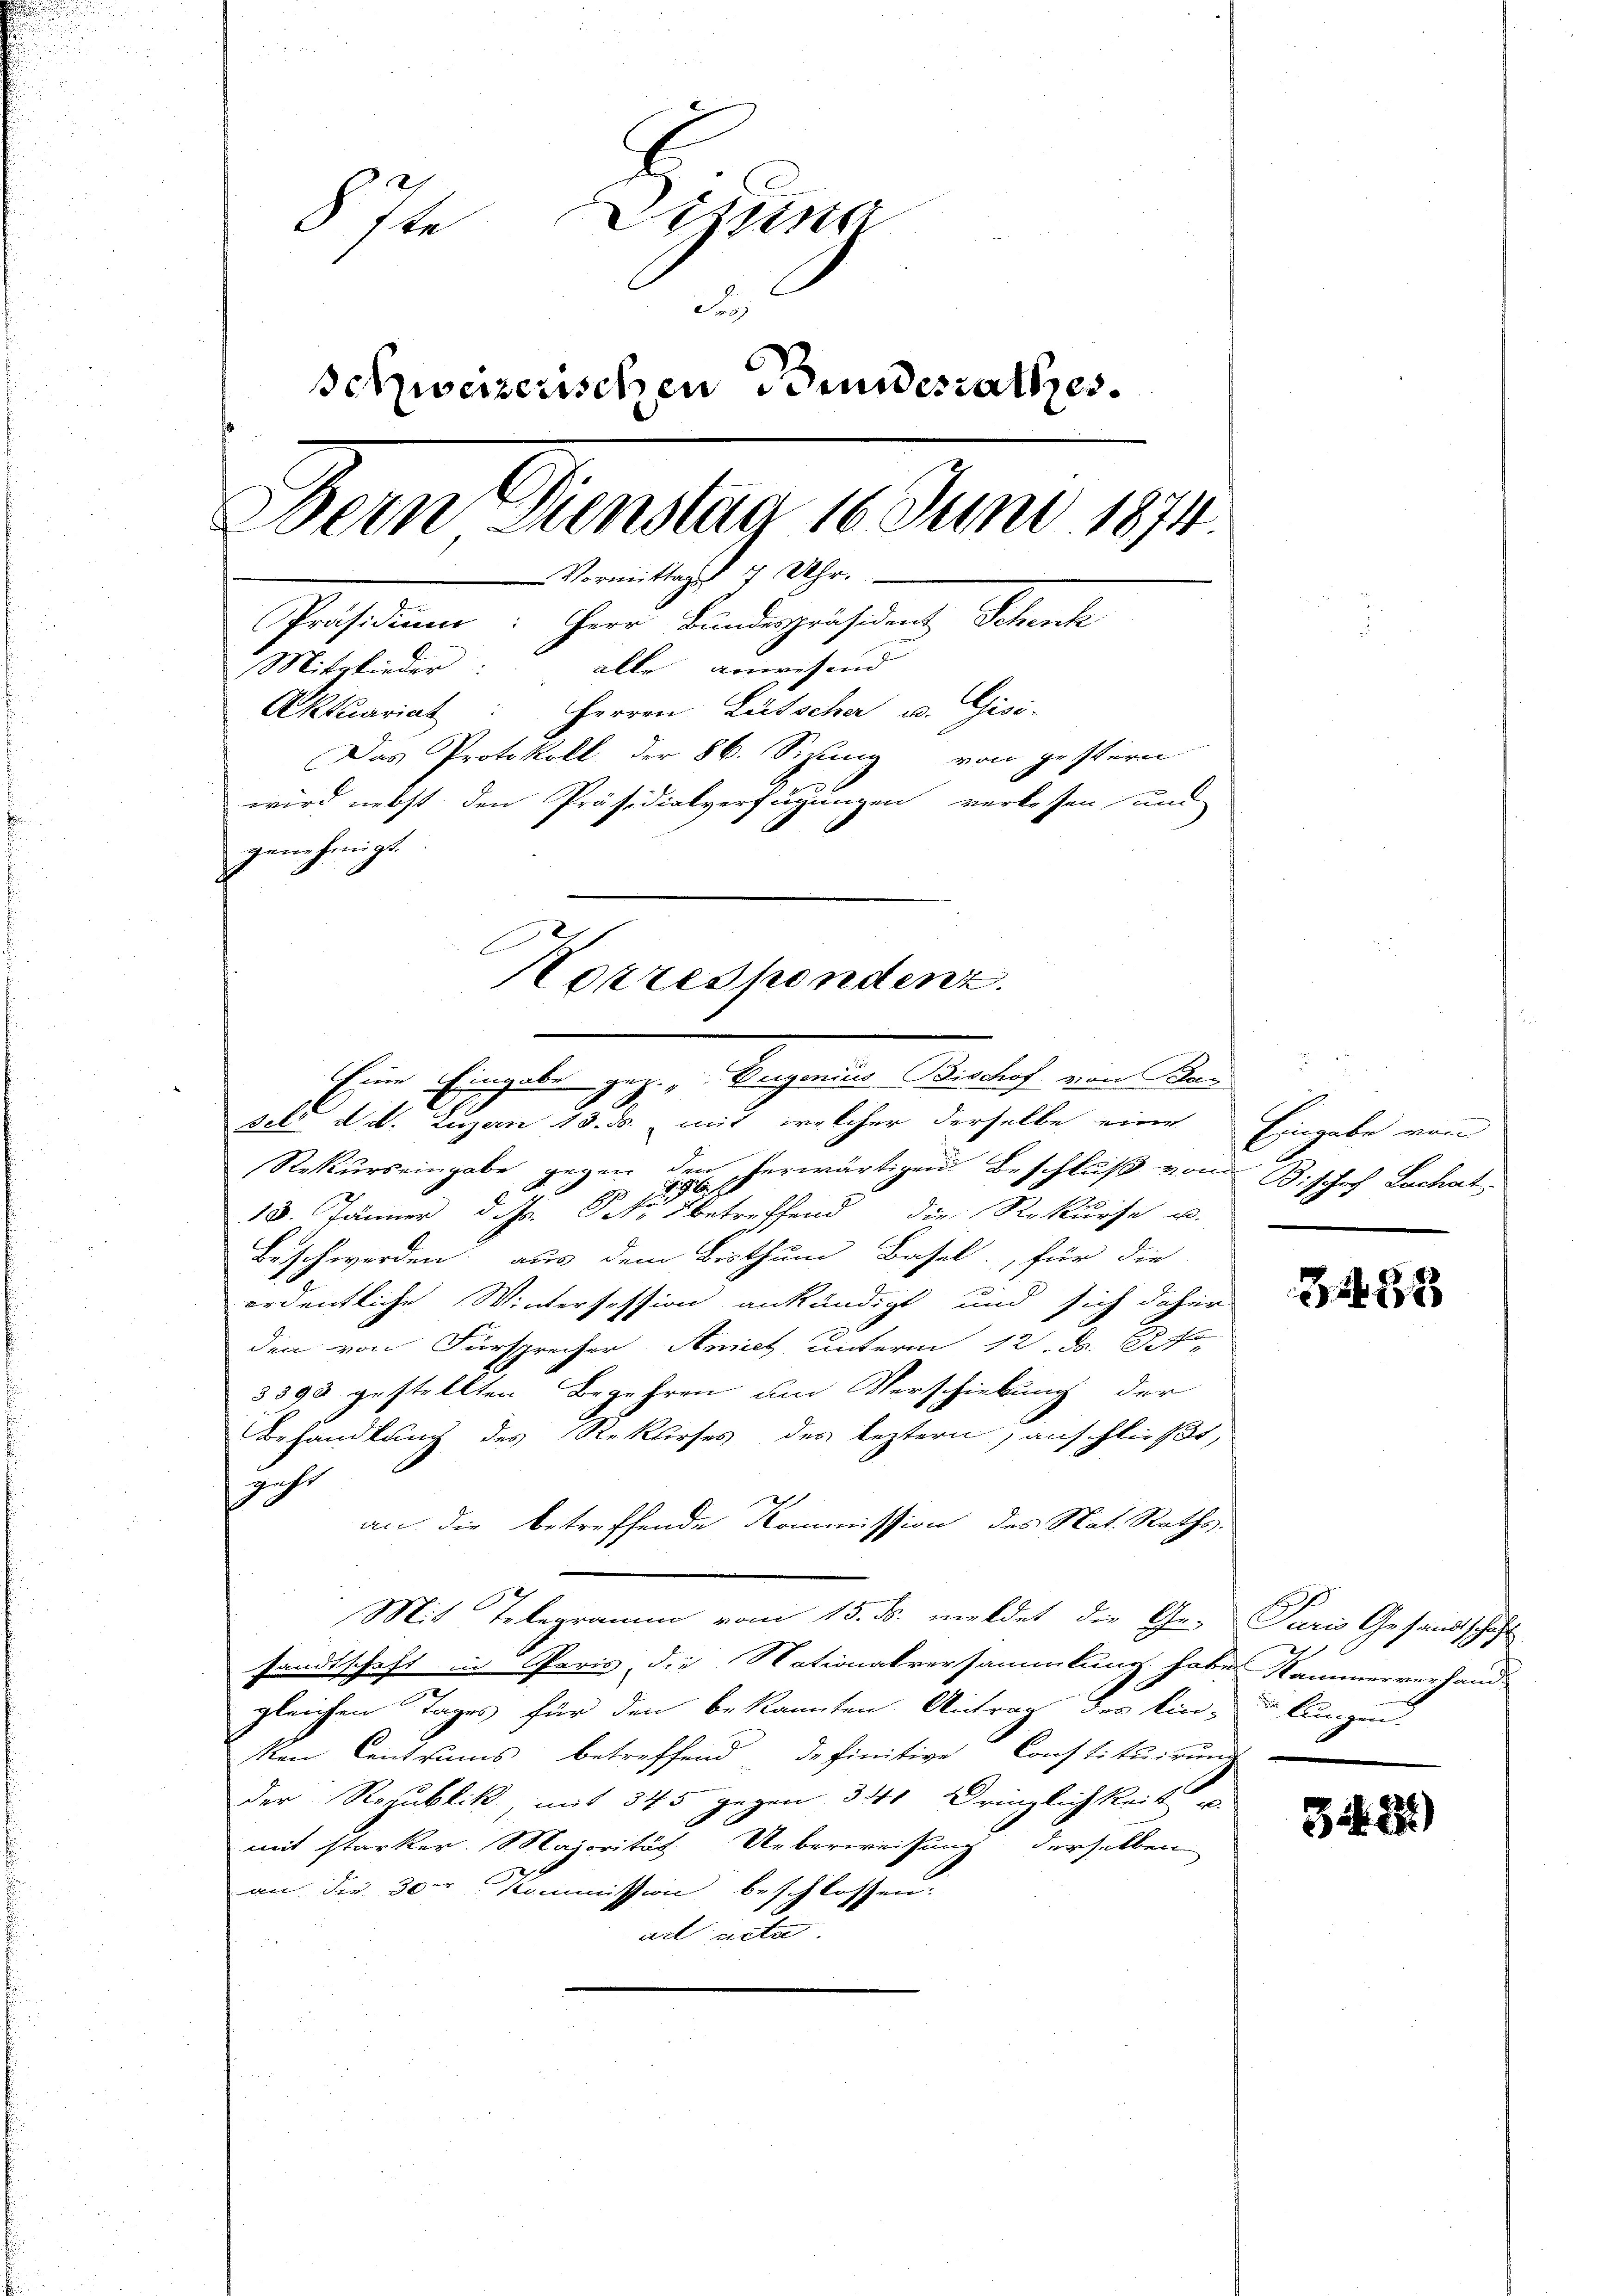
.
87te Lizina
d
Schweizerischen Bundesrathes.
Dem Fenstag 10. Juni 1874.
Vormittages 7 Uhr.
Präsidium: Herr Bundespräsident Schenk
Mitglieder: alle anwesend
Aktuariat: Herren Lütscher u. Gisi-
Das Protokoll der 86. Sizung von gestern.
wird nebst den Präsidialverfügungen verlesen und
genehmigt.

dete d. d. Luzern 13. ds. mit welcher derselbe eine
Rekurs eingabe gegen den herwärtigen Beschluß vom
18. Jänner d. Js. betreffend die Rekurse u.
Beschwerden, aus dem Bisthum Basel, für die
ordentliche Wintersession ankündigt und sich daher
den von Fürsprecher Amiet unterm 12. d. 8te
3590 gestellten Begehren um Verschiebung der
Behandlung des Rekurses des leztern, anschließt,
zahl
an die betreffende Kommission des Nat. Rathss
Mit Telegramm vom 15. ds. meldet die Ge- Paris Gesandtschaft
sandtschaft in Paris, die Nationalversammlung habe Kammerverhand
gleichen Tages für den bekannten Antrag des Ein-
ken Centrums betreffend definitive Constituirung
der Republik, mit 345 gegen 341 Dringlichkeit
mit starker. Majorität Ueberweisung derselben
an die 30 r Kommission beschlossen:
art acta

Korrespondenz.
Eine Eingabe gez. „Verganius Bischof von Kan

Eingabe von
Bischof Lachat.

31488

n Lungen.

342)